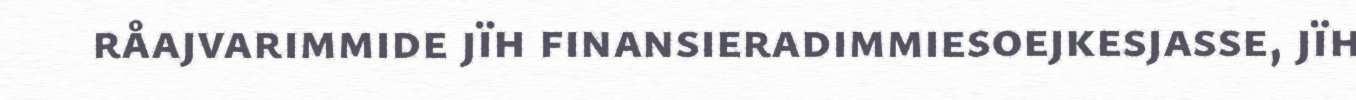
råajvarimmide jïh finansieradimmiesoejkesjasse, jïh